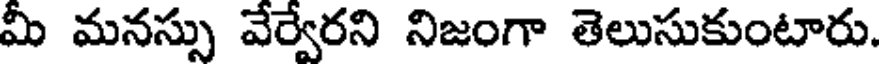
మీ మనస్సు వేర్వేరని నిజంగా తెలుసుకుంటారు.